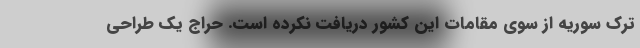
ترک سوریه از سوی مقامات این کشور دریافت نکرده است. حراج یک طراحی